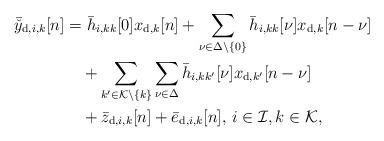
LaTeX: \begin{align*}\bar{\check{y}}_{\mathrm{d},i,k}[n]&=\bar{h}_{i,kk}[0]x_{\mathrm{d},k}[n]+\sum_{\nu\in\Delta\setminus\{0\}} \bar{h}_{i,kk}[\nu]x_{\mathrm{d},k}[n-\nu]\\&\quad+\sum_{k'\in\mathcal{K}\setminus\{k\}}\sum_{\nu\in\Delta}\bar{h}_{i,kk'}[\nu]x_{\mathrm{d},k'}[n-\nu]\\&\quad+\bar{z}_{\mathrm{d},i,k}[n]+\bar{e}_{\mathrm{d},i,k}[n],\,i\in\mathcal{I},k\in\mathcal{K},\end{align*}